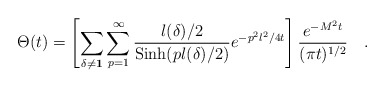
\begin{align*}\Theta(t)= \left [ \sum_{\delta \neq {\bf 1}} \sum_{p=1}^{\infty} {{l(\delta)/2}\over{{\rm Sinh} (pl(\delta)/2) }} e^{- p^2 l^2/4t} \right ] {{e^{-M^2t }}\over{(\pi t)^{1/2} }} \quad .\end{align*}